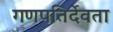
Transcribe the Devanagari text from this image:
गणपतिर्देवता